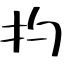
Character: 扚